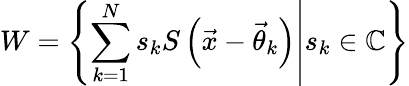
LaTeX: W=\left\lbrace\left.\sum_{k=1}^{N}s_{k}S\left(\vec{x}-\vec{\theta}_{k}\right)\right|s_{k}\in\mathbb{C}\right\rbrace